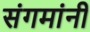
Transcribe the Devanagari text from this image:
संगमांनी